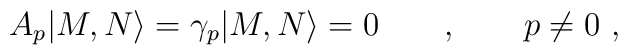
A_{p}|M,N\rangle=\gamma_{p}|M,N\rangle=0 \qquad , \qquad p\neq 0 \ ,